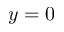
y = 0